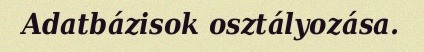
Adatbázisok osztályozása.